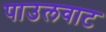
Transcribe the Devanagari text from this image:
पाउलवाट